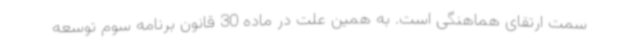
سمت ارتقای هماهنگی است. به همین علت در ماده 30 قانون برنامه سوم توسعه